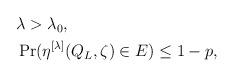
LaTeX: \begin{align*}\begin{aligned}& \lambda > \lambda_0, \\& \Pr(\eta^{[\lambda]}(Q_L, \zeta) \in E) \leq 1 - p,\end{aligned}\end{align*}